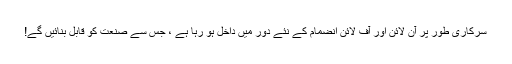
سرکاری طور پر آن لائن اور آف لائن انضمام کے نئے دور میں داخل ہو رہا ہے ، جس سے صنعت کو قابل بنائیں گے!